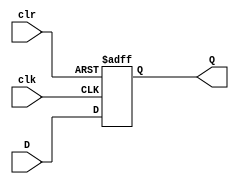
module DFF(D, clk, clr, Q);

input D,clk,clr;
output reg Q;

always @(posedge clk, posedge clr)begin
    if (clr)
    Q <= 1'b0;
    else
    Q <= D;
end
endmodule